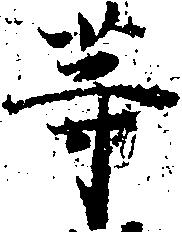
等